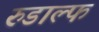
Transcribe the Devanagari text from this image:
रुडाल्फ